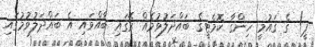
ޕީ) ގެ ޤައުމީ ހިންގާ ކޮމެޓީގެ ބައްދަލުވުމެއް ރޭގައި ބާއްވައި އެ ބައްދަލުވުމުގައި